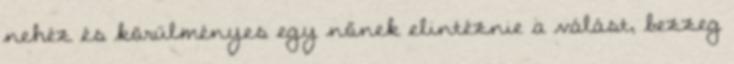
nehéz és körülményes egy nőnek elintéznie a válást, bezzeg